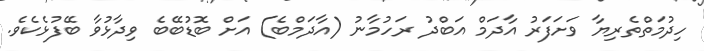
ހިދުމަތްތެރިޔާ ވަށަފަރު އާދަމް އަބްދު ރަހުމާނު (އާދަމްބެ) އަށް ބޮޑުބޭބެ ވިދާޅުވާ ބޭފުޅެކެވެ.